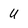
Character: u